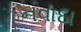
નવાદા